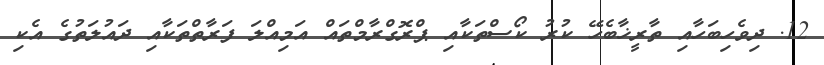
12. ދިވެހިބަހާއި ތާރީޚާބެހޭ ކުރު ކޯސްތަކާއި ޕްރޮގްރާމްތައް އަމިއްލަ ފަރާތްތަކާއި ދައުލަތުގެ އެކި